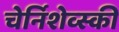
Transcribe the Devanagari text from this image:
चेर्निशेव्स्की